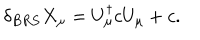
\delta _ { B R S } X _ { \mu } = U _ { \mu } ^ { \dagger } c U _ { \mu } + c .